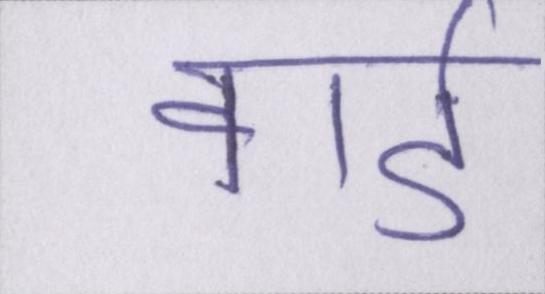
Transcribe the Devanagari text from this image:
वार्ड